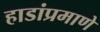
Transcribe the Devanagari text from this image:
हाडांप्रमाणे